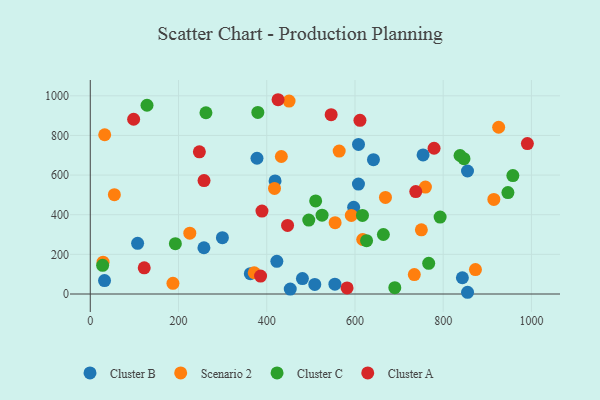
{"axis": {"x": "Engine Size", "y": "Fuel Efficiency"}, "legend": ["Cluster A", "Cluster B", "Cluster C", "Scenario 2"], "data": [{"x": "554.5", "y": 49.5, "type": "Cluster B"}, {"x": "422.9", "y": 165.1, "type": "Cluster B"}, {"x": "597.0", "y": 437.8, "type": "Cluster B"}, {"x": "418.9", "y": 570.3, "type": "Cluster B"}, {"x": "299.5", "y": 284.3, "type": "Cluster B"}, {"x": "480.9", "y": 78.0, "type": "Cluster B"}, {"x": "754.4", "y": 701.6, "type": "Cluster B"}, {"x": "257.6", "y": 233.3, "type": "Cluster B"}, {"x": "607.9", "y": 554.5, "type": "Cluster B"}, {"x": "508.9", "y": 48.2, "type": "Cluster B"}, {"x": "377.9", "y": 684.8, "type": "Cluster B"}, {"x": "855.1", "y": 620.7, "type": "Cluster B"}, {"x": "641.9", "y": 677.8, "type": "Cluster B"}, {"x": "453.3", "y": 24.7, "type": "Cluster B"}, {"x": "608.0", "y": 754.9, "type": "Cluster B"}, {"x": "843.5", "y": 82.0, "type": "Cluster B"}, {"x": "32.3", "y": 67.8, "type": "Cluster B"}, {"x": "855.2", "y": 8.7, "type": "Cluster B"}, {"x": "107.3", "y": 255.5, "type": "Cluster B"}, {"x": "362.8", "y": 102.5, "type": "Cluster B"}, {"x": "873.1", "y": 123.1, "type": "Scenario 2"}, {"x": "29.0", "y": 160.8, "type": "Scenario 2"}, {"x": "591.7", "y": 396.5, "type": "Scenario 2"}, {"x": "371.6", "y": 107.1, "type": "Scenario 2"}, {"x": "669.1", "y": 487.3, "type": "Scenario 2"}, {"x": "925.7", "y": 841.4, "type": "Scenario 2"}, {"x": "433.1", "y": 693.7, "type": "Scenario 2"}, {"x": "759.7", "y": 539.5, "type": "Scenario 2"}, {"x": "750.5", "y": 323.7, "type": "Scenario 2"}, {"x": "564.2", "y": 721.3, "type": "Scenario 2"}, {"x": "417.6", "y": 532.6, "type": "Scenario 2"}, {"x": "914.8", "y": 477.4, "type": "Scenario 2"}, {"x": "734.5", "y": 98.2, "type": "Scenario 2"}, {"x": "617.5", "y": 275.0, "type": "Scenario 2"}, {"x": "555.0", "y": 360.1, "type": "Scenario 2"}, {"x": "32.7", "y": 803.6, "type": "Scenario 2"}, {"x": "187.4", "y": 54.1, "type": "Scenario 2"}, {"x": "450.6", "y": 973.6, "type": "Scenario 2"}, {"x": "54.6", "y": 501.1, "type": "Scenario 2"}, {"x": "225.6", "y": 306.7, "type": "Scenario 2"}, {"x": "847.1", "y": 683.0, "type": "Cluster C"}, {"x": "192.9", "y": 253.8, "type": "Cluster C"}, {"x": "262.2", "y": 914.6, "type": "Cluster C"}, {"x": "379.8", "y": 916.0, "type": "Cluster C"}, {"x": "946.7", "y": 511.5, "type": "Cluster C"}, {"x": "617.0", "y": 396.6, "type": "Cluster C"}, {"x": "626.3", "y": 268.8, "type": "Cluster C"}, {"x": "767.1", "y": 154.6, "type": "Cluster C"}, {"x": "838.2", "y": 698.7, "type": "Cluster C"}, {"x": "128.6", "y": 952.3, "type": "Cluster C"}, {"x": "28.0", "y": 144.7, "type": "Cluster C"}, {"x": "664.4", "y": 300.3, "type": "Cluster C"}, {"x": "510.9", "y": 469.4, "type": "Cluster C"}, {"x": "957.9", "y": 597.4, "type": "Cluster C"}, {"x": "690.3", "y": 31.9, "type": "Cluster C"}, {"x": "793.0", "y": 388.1, "type": "Cluster C"}, {"x": "495.3", "y": 372.9, "type": "Cluster C"}, {"x": "525.4", "y": 397.7, "type": "Cluster C"}, {"x": "546.0", "y": 905.0, "type": "Cluster A"}, {"x": "582.1", "y": 30.4, "type": "Cluster A"}, {"x": "737.8", "y": 516.9, "type": "Cluster A"}, {"x": "257.9", "y": 572.4, "type": "Cluster A"}, {"x": "425.7", "y": 980.2, "type": "Cluster A"}, {"x": "122.3", "y": 132.3, "type": "Cluster A"}, {"x": "779.3", "y": 735.4, "type": "Cluster A"}, {"x": "447.2", "y": 345.8, "type": "Cluster A"}, {"x": "611.3", "y": 876.4, "type": "Cluster A"}, {"x": "386.0", "y": 90.2, "type": "Cluster A"}, {"x": "389.2", "y": 418.5, "type": "Cluster A"}, {"x": "98.3", "y": 881.6, "type": "Cluster A"}, {"x": "990.8", "y": 759.1, "type": "Cluster A"}, {"x": "247.3", "y": 717.4, "type": "Cluster A"}]}